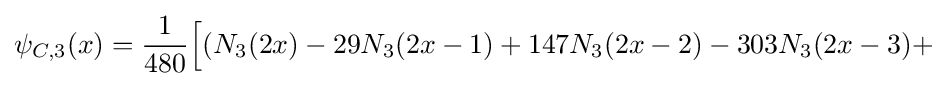
\psi _{C,3}(x)={\frac {1}{480}}{\Big [}(N_{3}(2x)-29N_{3}(2x-1)+147N_{3}(2x-2)-303N_{3}(2x-3)+